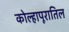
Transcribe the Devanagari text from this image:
कोल्हापूरातिल